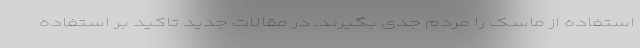
استفاده از ماسک را مردم جدی بگیرند. در مقالات جدید تاکید بر استفاده